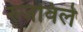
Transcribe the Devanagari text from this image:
रुजविले